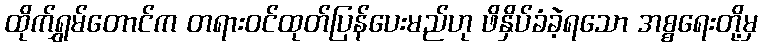
ထိုက်ရွှမ်တောင်က တရားဝင်ထုတ်ပြန်ပေးမည်ဟု ဖိနှိပ်ခံခဲ့ရသော အစ္စရေးတို့မှ